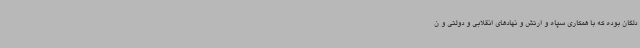
دلگان بوده که با همکاری سپاه و ارتش و نهادهای انقلابی و دولتی و ن